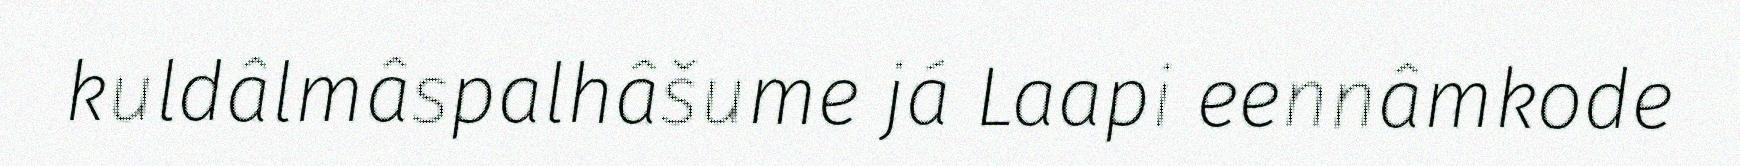
kuldâlmâspalhâšume já Laapi eennâmkode